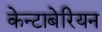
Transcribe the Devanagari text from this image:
केन्टाबेरियन